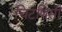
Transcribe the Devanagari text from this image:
चिटणिसी